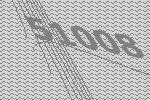
51008